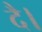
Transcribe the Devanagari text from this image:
दै।